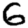
Digit: 6